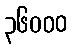
၃၆၀၀၀